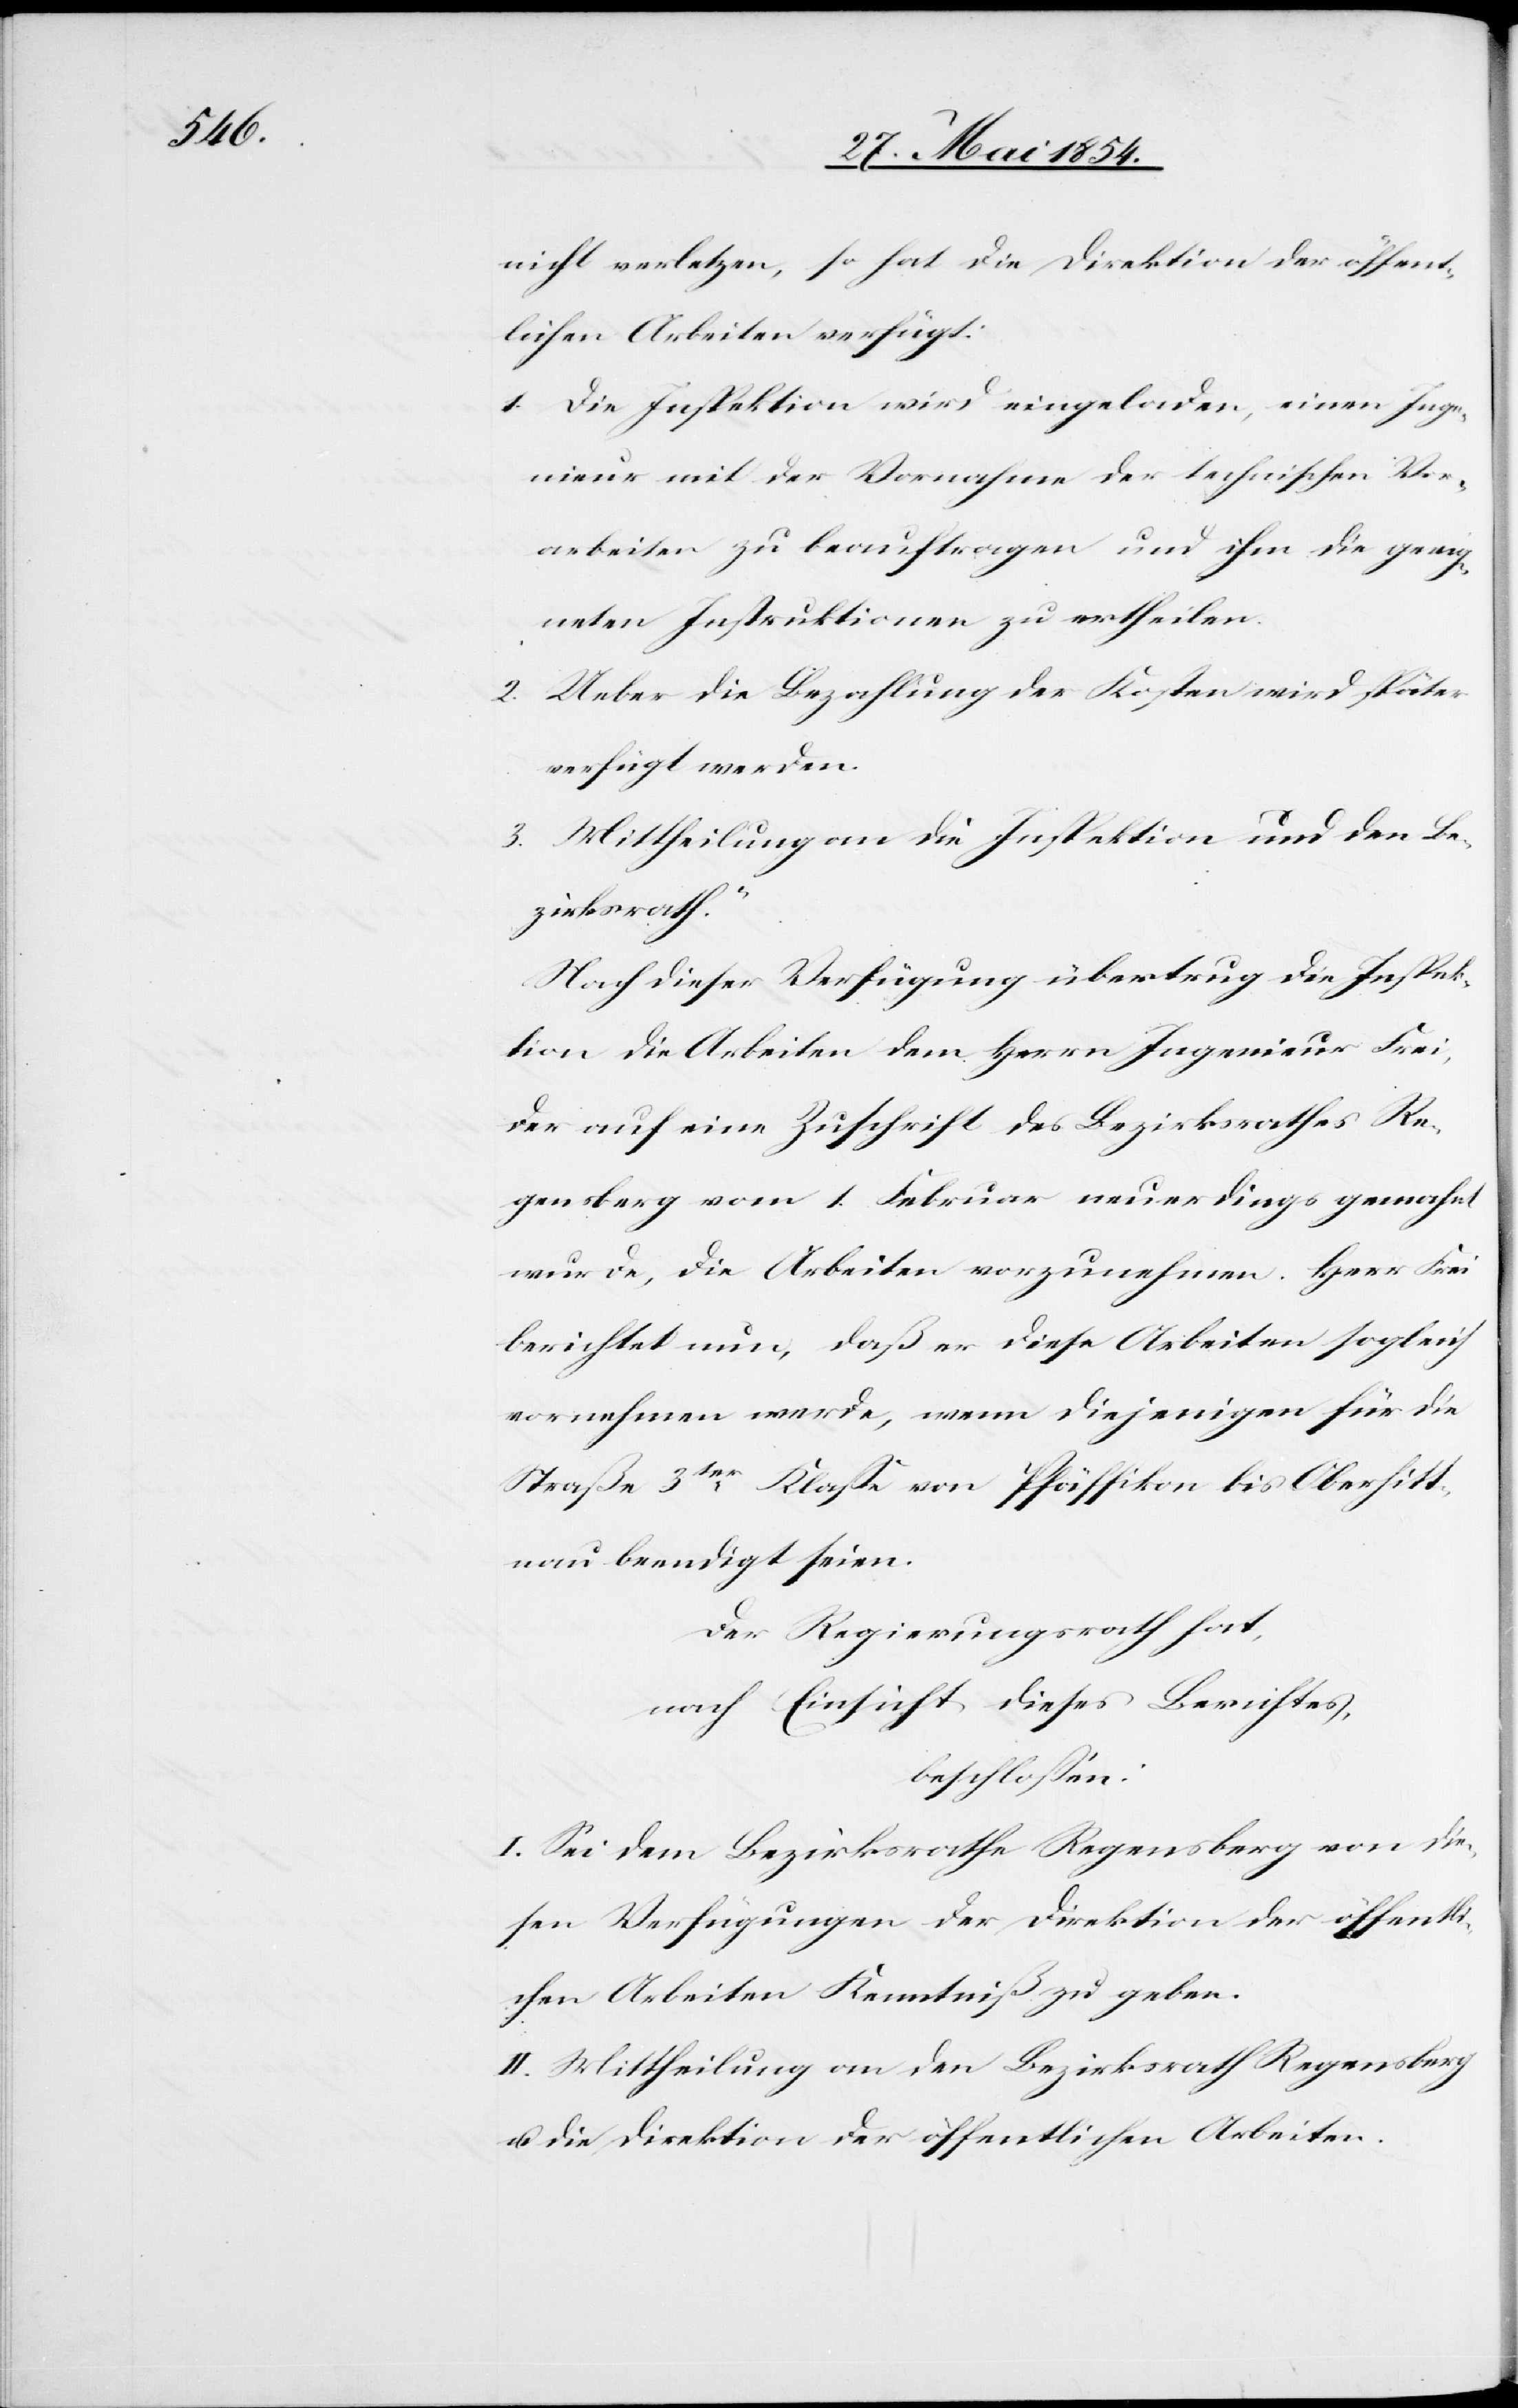
nicht verletzen, so hat die Direktion der öffent¬
lichen Arbeiten verfügt:
1. Die Inspektion wird eingeladen, einen Inge¬
nieur mit der Vornahme der technischen Vor¬
arbeiten zu beauftragen und ihm die geeig¬
neten Instruktionen zu ertheilen.
2. Ueber die Bezahlung der Kosten wird später
verfügt werden.
3.
Mittheilung an die Inspektion und den Be¬
zirksrath.“
Nach dieser Verfügung übertrug die Inspek¬
tion die Arbeiten dem Herrn Ingenieur Frei,
der auf eine Zuschrift des Bezirksrathes Re¬
gensberg vom 1. Februar neuerdings gemahnt
wurde, die Arbeiten vorzunehmen. Herr Frei
berichtet nun, daß er diese Arbeit sogleich
vornehmen werden, wenn diejenigen für die
Straße 3tr Klaße von Pfäffikon bis Oberhitt¬
nau beendigt seien.
Der Regierungsrath hat,
nach Einsicht dieses Berichtes,
beschloßen:
I. Sei dem Bezirksrathe Regensberg von die¬
sen Verfügungen der Direktion der öffentli¬
chen Arbeiten Kenntniß zu geben.
II. Mittheilung an den Bezirksrath Regensberg
u. die Direktion der öffentlichen Arbeiten.